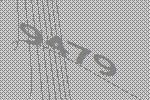
9479